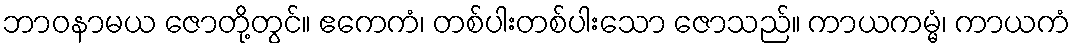
ဘာဝနာမယ ဇောတို့တွင်။ ဧကေကံ၊ တစ်ပါးတစ်ပါးသော ဇောသည်။ ကာယကမ္မံ၊ ကာယကံ